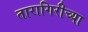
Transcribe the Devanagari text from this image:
तारागिरीच्या